Annual report on the working of the mental hospitals in the Madras Presidency - 1912-1932
Year: 1912
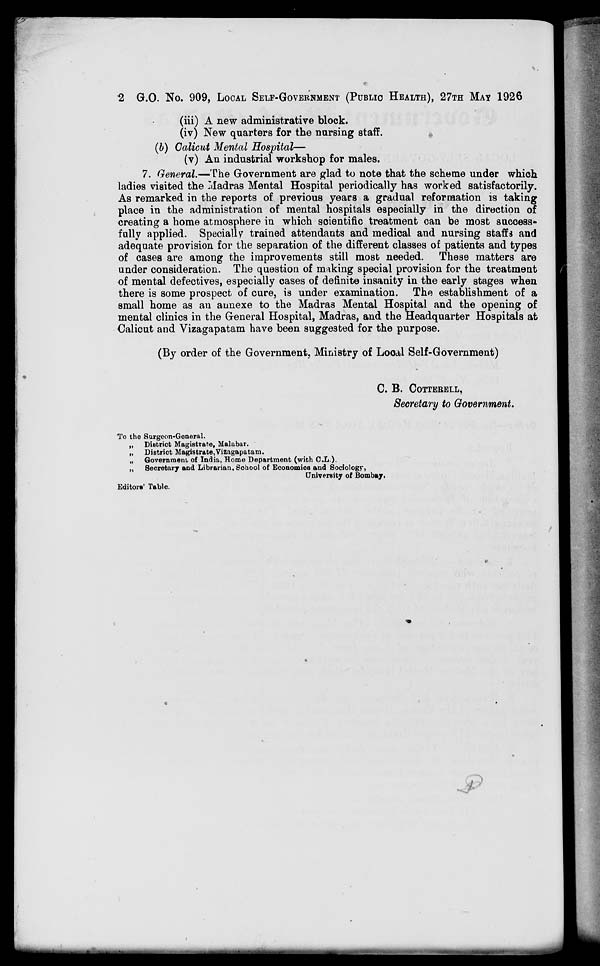
2 G.O. No. 909, LOCAL SELF-GOVERNMENT (PUBLIC HEALTH), 27TH MAY 1926
(iii) A new administrative block.
(iv) New quarters for the nursing staff.
(b) Calicut Mental Hospital—
(v) An industrial workshop for males.
7. General.—The Government are glad to note that the scheme under which
ladies visited the Madras Mental Hospital periodically has worked satisfactorily.
As remarked in the reports of previous years a gradual reformation is taking
place in the administration of mental hospitals especially in the direction of
creating a home atmosphere in which scientific treatment can be most success-
fully applied. Specially trained attendants and medical and nursing staffs and
adequate provision for the separation of the different classes of patients and types
of cases are among the improvements still most needed. These matters are
under consideration. The question of making special provision for the treatment
of mental defectives, especially cases of definite insanity in the early stages when
there is some prospect of cure, is under examination. The establishment of a
small home as an annexe to the Madras Mental Hospital and the opening of
mental clinics in the General Hospital, Madras, and the Headquarter Hospitals at
Calicut and Vizagapatam have been suggested for the purpose.
(By order of the Government, Ministry of Local Self-Government)
C. B. COTTERELL,
Secretary to Government.
To the Surgeon-General.
„ District Magistrate, Malabar.
„ District Magistrate,Vizagapatam.
„ Government of India, Home Department (with C.L.).
„ Secretary and Librarian, School of Economics and Sociology,
University of Bombay.
Editors' Table.